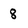
Character: 8